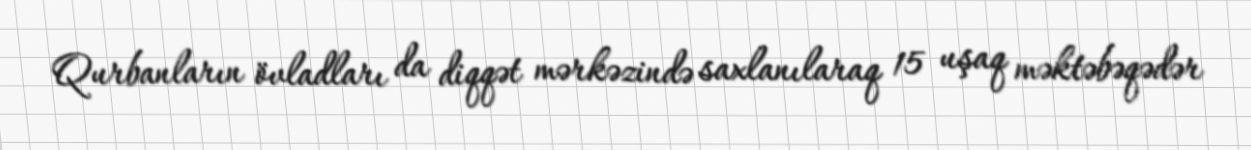
Qurbanların övladları da diqqət mərkəzində saxlanılaraq 15 uşaq məktəbəqədər